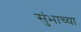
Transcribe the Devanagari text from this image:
सुंभाच्या